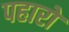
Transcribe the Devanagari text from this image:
पहारो